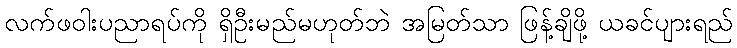
လက်ဖဝါးပညာရပ်ကို ရှိဦးမည်မဟုတ်ဘဲ အမြတ်သာ ဖြန့်ချိဖို့ ယခင်ပျားရည်